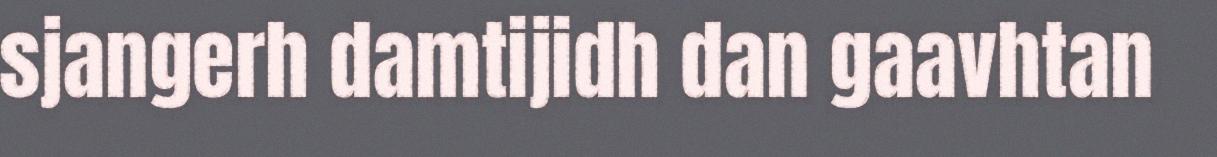
sjangerh damtijidh dan gaavhtan